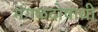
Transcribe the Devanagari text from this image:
मंगळदोषाची